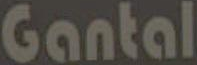
Gantal